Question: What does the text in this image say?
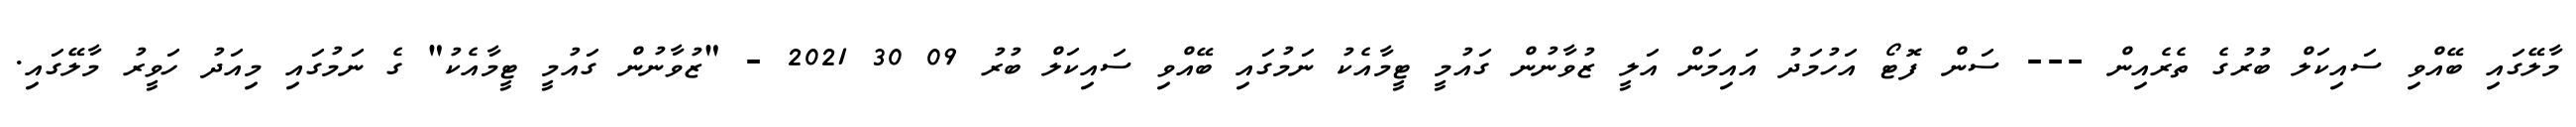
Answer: މާލޭގައި ބޭއްވި ސައިކަލް ބުރުގެ ތެރެއިން --- ސަން ފޮޓޯ އަހުމަދު އައިމަން އަލީ ޒުވާނުން ގައުމީ ޓީމާއެކު ނަމުގައި ބޭއްވި ސައިކަލް ބުރު 09 30 2021 - "ޒުވާނުން ގައުމީ ޓީމާއެކު" ގެ ނަމުގައި މިއަދު ހަވީރު މާލޭގައި.